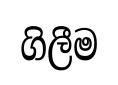
ගිලීම